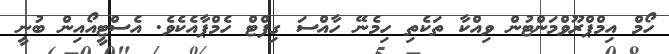
ހޯމް އިމްޕްރޫވްމަންޓުން ވިއްކާ ތަކެތި ހިމެނޭ ހާއްސަ ގިފްޓް ހެމްޕާއެކެވެ. އެސްޓީއޯއިން ބުނީ